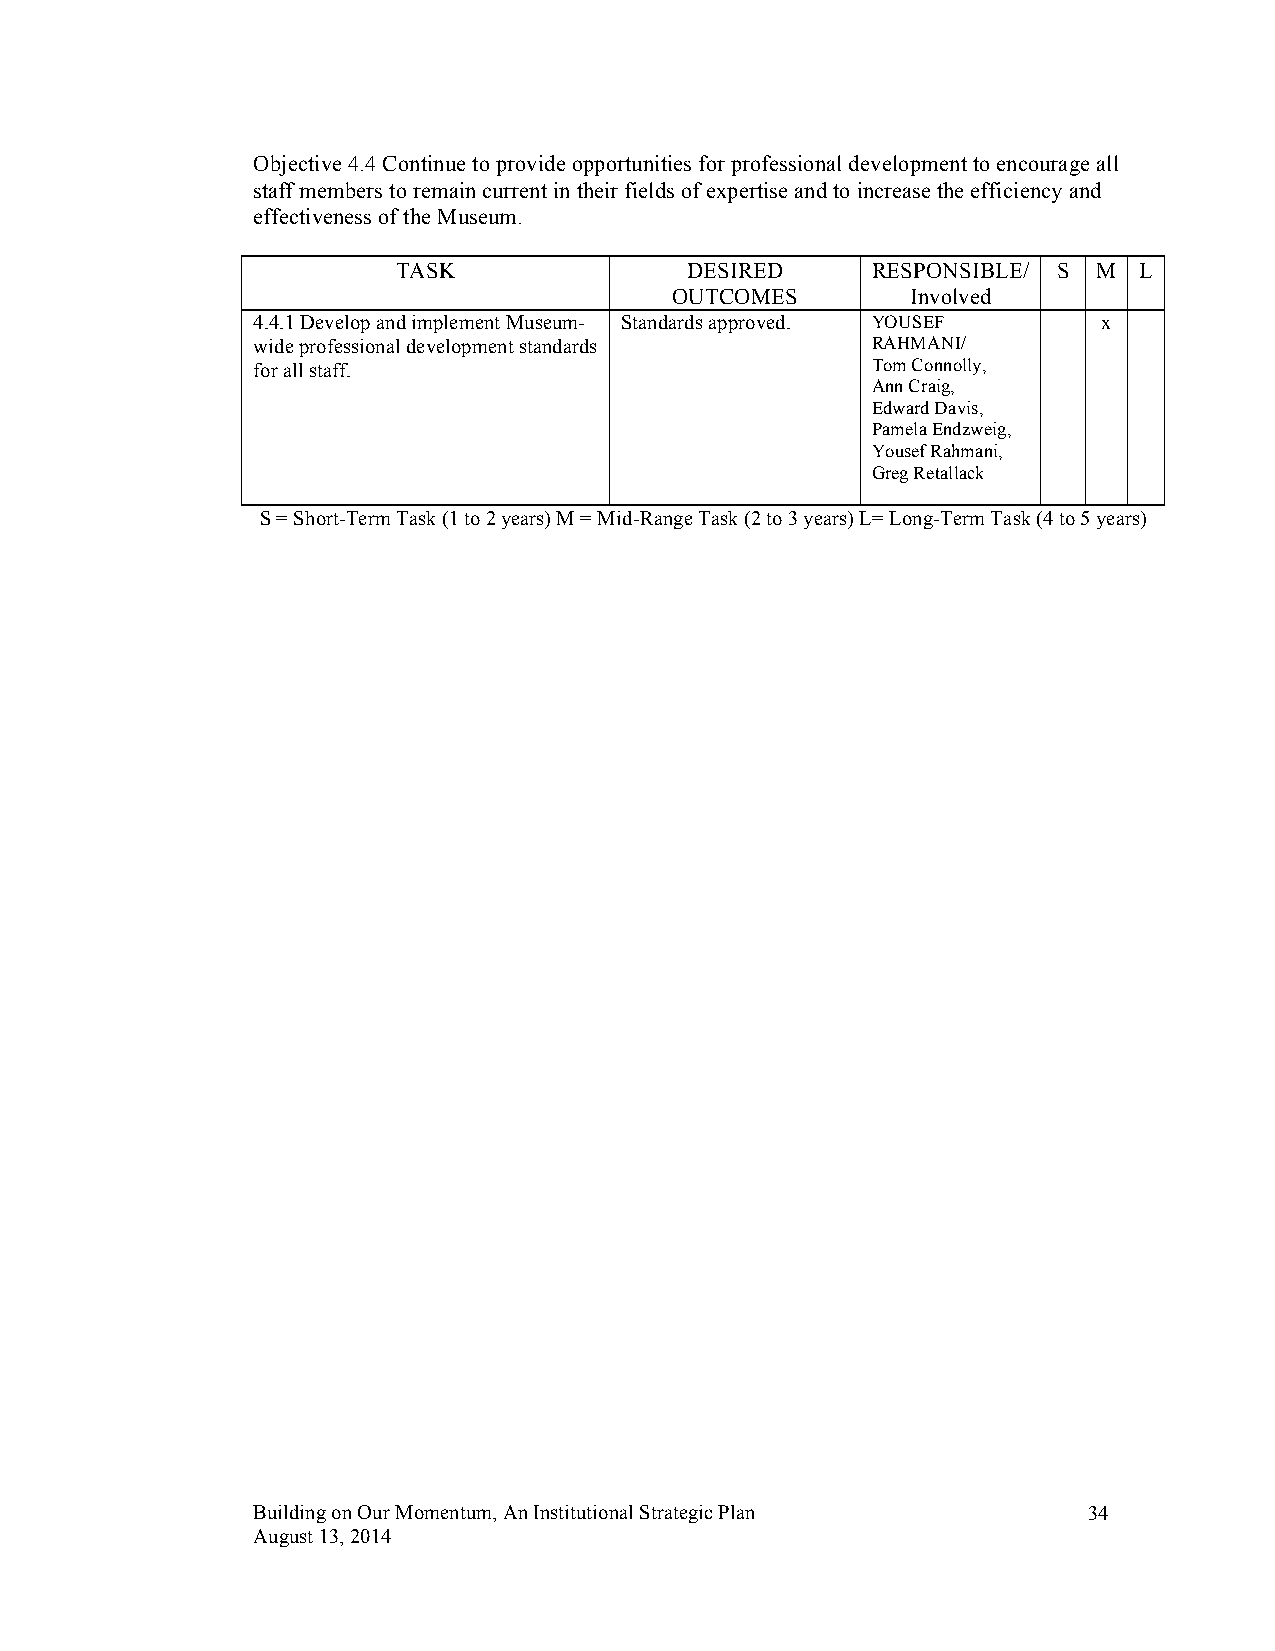
Objective 4.4 Continue to provide opportunities for professional development to encourage all
 staff members to remain current in their fields of expertise and to increase the efficiency and
 effectiveness of the Museum.
 TASK               DESIRED      RESPONSIBLE/ S M L
 OUTCOMES        Involved
 4.4.1 Develop and implement Museum- Standards approved. YOUSEF x
 wide professional development standards  RAHMANI/
 for all staff.                           Tom Connolly,
 Ann Craig,
 Edward Davis,
 Pamela Endzweig,
 Yousef Rahmani,
 Greg Retallack
 S = Short-Term Task (1 to 2 years) M = Mid-Range Task (2 to 3 years) L= Long-Term Task (4 to 5 years)
 Building on Our Momentum, An Institutional Strategic Plan 34
 August 13, 2014